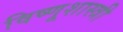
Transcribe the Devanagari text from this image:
विष्णूशास्त्री